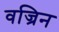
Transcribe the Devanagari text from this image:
वज्रिन